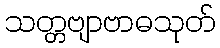
သတ္တဗျာဗာဓသုတ်